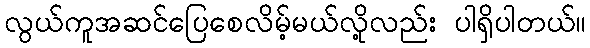
လွယ်ကူအဆင်ပြေစေလိမ့်မယ်လို့လည်း ပါရှိပါတယ်။